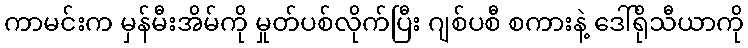
ကာမင်းက မှန်မီးအိမ်ကို မှုတ်ပစ်လိုက်ပြီး ဂျစ်ပစီ စကားနဲ့ ဒေါ်ရိုသီယာကို